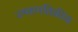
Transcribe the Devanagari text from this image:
उष्मागतिकीय